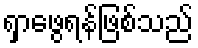
ရှာဖွေရန်ဖြစ်သည်